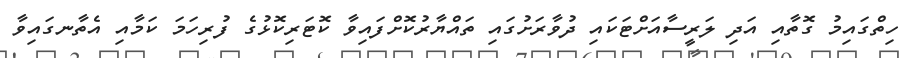
ހިތްގައިމު ގޮތާއި އަދި ލަރީސާއަށްޓަކައި ދުވާރަށުގައި ތައްޔާރުކޮށްފައިވާ ކޮޓަރިކޮޅުގެ ފުރިހަމަ ކަމާއި އެތާނގައިވާ